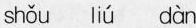
shǒu liú dàn